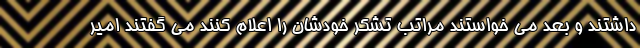
داشتند و بعد می خواستند مراتب تشکر خودشان را اعلام کنند می گفتند امیر